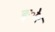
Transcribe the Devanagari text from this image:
ङ्ोर